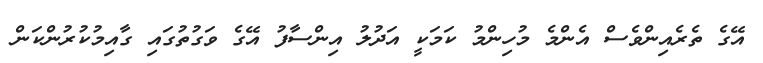
އޭގެ ތެރެއިންވެސް އެންމެ މުހިންމު ކަމަކީ އަދުލު އިންސާފު އޭގެ ވަގުތުގައި ގާއިމުކުރުންކަން